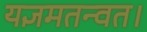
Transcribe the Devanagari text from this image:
यज्ञमतन्वत।